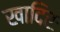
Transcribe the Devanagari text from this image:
खादिरः